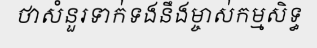
ថាសំនួរទាក់ទងនឹងម្ចាស់កម្មសិទ្ធ